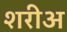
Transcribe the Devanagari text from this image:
शरीअ